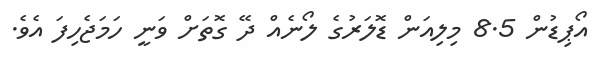
އޯޕިޑުން 8.5 މިލިއަން ޑޮލަރުގެ ލޯނެއް ދޭ ގޮތަށް ވަނީ ހަމަޖެހިފަ އެވެ.